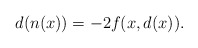
\begin{align*}d(n(x)) = -2f(x,d(x)).\end{align*}